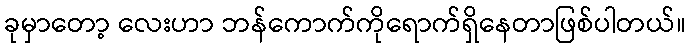
ခုမှာတော့ လေးဟာ ဘန်ကောက်ကိုရောက်ရှိနေတာဖြစ်ပါတယ်။